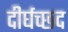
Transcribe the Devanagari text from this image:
दीर्घच्छद